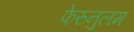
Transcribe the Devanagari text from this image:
फेरुनुलम